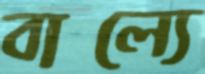
বাল্যে